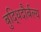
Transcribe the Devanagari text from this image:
बुद्धिदौर्बल्य